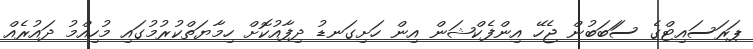
ޕަރަސައިޓްގެ ސަަބަބުން ޖެހޭ އިންފެކްޝަން އިން ހަށިގަނޑު ދިފާއުކޮށް ހިމާޔަތްކުރުމުގައި މުހިއްމު ދައުރެއް